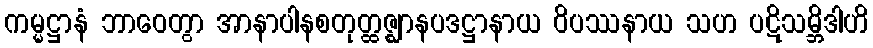
ကမ္မဋ္ဌာနံ ဘာဝေတွာ အာနာပါနစတုတ္ထဇ္ဈာနပဒဋ္ဌာနာယ ဝိပဿနာယ သဟ ပဋိသမ္ဘိဒါဟိ